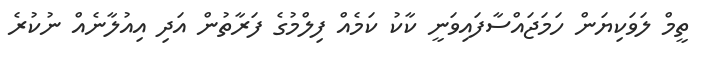
ތީމް ލަވަކިޔަން ހަމަޖައްސާފައިވަނީ ކާކު ކަމެއް ފިލްމުގެ ފަރާތުން އަދި އިއުލާނެއް ނުކުރެ